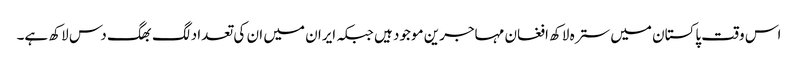
اس وقت پاکستان میں سترہ لاکھ افغان مہاجرین موجود ہیں جبکہ ایران میں ان کی تعداد لگ بھگ دس لاکھ ہے۔